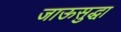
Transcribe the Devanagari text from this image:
जाऊसुद्धा